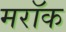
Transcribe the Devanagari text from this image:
मरॉक